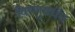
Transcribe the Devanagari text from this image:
विष्णुवधॅन